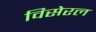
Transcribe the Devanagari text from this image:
विसेरल